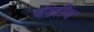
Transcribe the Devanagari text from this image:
वंखीय